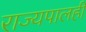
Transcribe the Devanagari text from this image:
राज्यपालही